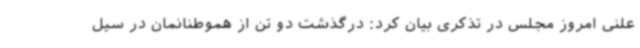
علنی امروز مجلس در تذکری بیان کرد: درگذشت دو تن از هموطنانمان در سیل